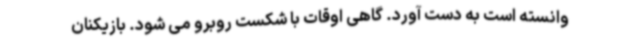
وانسته است به دست آورد. گاهی اوقات با شکست روبرو می شود. بازیکنان